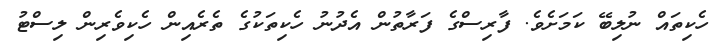
ހެކިތައް ނުލިބޭ ކަމަށެވެ. ފާރިސްގެ ފަރާތުން އެދުނު ހެކިތަކުގެ ތެރެއިން ހެކިވެރިން ލިސްޓު